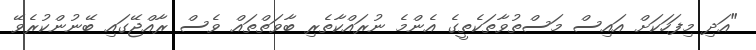
"އަދި މިފަހަކަށް އައިސް މަސްތުވާތަކެތީގެ އެންމެ ނުރައްކާތެރި ބާވަތްތައް ވެސް ރާއްޖޭގައި ބޭނުންކުރެވޭ